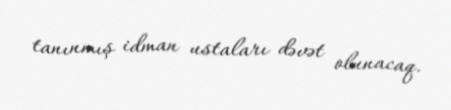
tanınmış idman ustaları dəvət olunacaq.